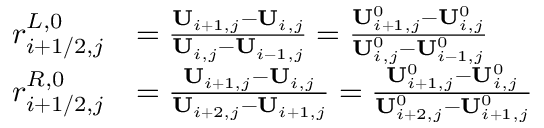
\begin{array} { r l } { r _ { i + 1 / 2 , j } ^ { L , 0 } } & { = \frac { \mathbf { U } _ { i + 1 , j } - \mathbf { U } _ { i , j } } { \mathbf { U } _ { i , j } - \mathbf { U } _ { i - 1 , j } } = \frac { \mathbf { U } _ { i + 1 , j } ^ { 0 } - \mathbf { U } _ { i , j } ^ { 0 } } { \mathbf { U } _ { i , j } ^ { 0 } - \mathbf { U } _ { i - 1 , j } ^ { 0 } } } \\ { r _ { i + 1 / 2 , j } ^ { R , 0 } } & { = \frac { \mathbf { U } _ { i + 1 , j } - \mathbf { U } _ { i , j } } { \mathbf { U } _ { i + 2 , j } - \mathbf { U } _ { i + 1 , j } } = \frac { \mathbf { U } _ { i + 1 , j } ^ { 0 } - \mathbf { U } _ { i , j } ^ { 0 } } { \mathbf { U } _ { i + 2 , j } ^ { 0 } - \mathbf { U } _ { i + 1 , j } ^ { 0 } } } \end{array}